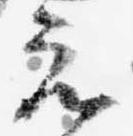
元